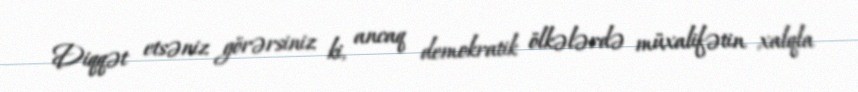
Diqqət etsəniz görərsiniz ki, ancaq demokratik ölkələrdə müxalifətin xalqla